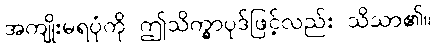
အကျိုးမရပုံကို ဤသိက္ခာပုဒ်ဖြင့်လည်း သိသာ၏။